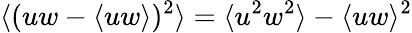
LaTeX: \langle(uw-\langle uw\rangle)^{2}\rangle=\langle u^{2}w^{2}\rangle-\langle uw\rangle^{2}